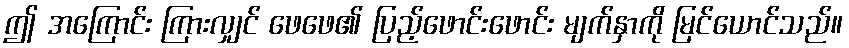
ဤ အကြောင်း ကြားလျှင် ဖေဖေ၏ ပြည့်ဖောင်းဖောင်း မျက်နှာကို မြင်ယောင်သည်။